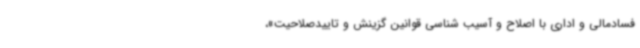
فسادمالی و اداری با اصلاح و آسیب شناسی قوانین گزینش و تاییدصلاحیت»،